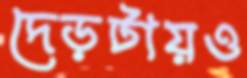
দেড়টায়ও